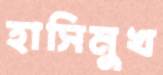
হাসিমুখ